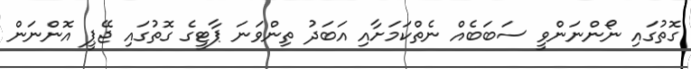
ގޮތުގައި ނޯންނަންވީ ސަބަބެއް ނެތްކަމަށާއި އަބަދު ތިންވަނަ ޕާޓީގެ ގޮތުގައި ޖޭޕީ އޮންނަން